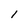
Character: 1